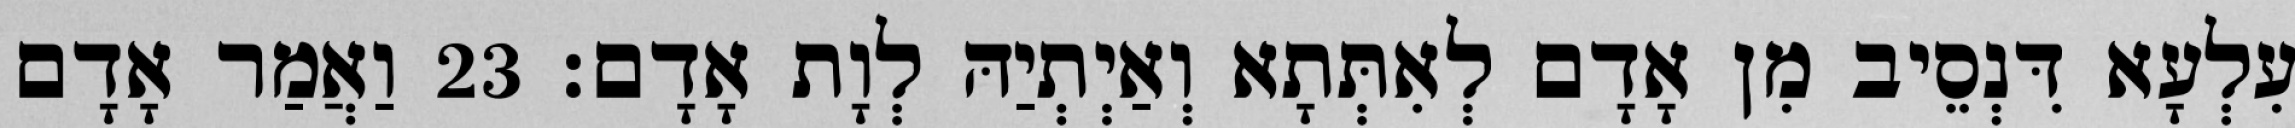
עִלְעָא דִּנְסֵיב מִן אָדָם לְאִתְּתָא וְאַיְתְיַהּ לְוָת אָדָם׃ 23 וַאֲמַר אָדָם